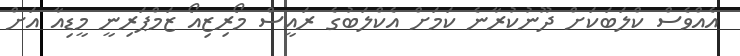
އެއްވެސް ކްލަބަކަށް ދޫނުކުރާނެ ކަމަށް އެކްލަބުގެ ރައީސް މޯރިޒިއޯ ޒަމްޕަރިނީ މީޑިއާ އަށް